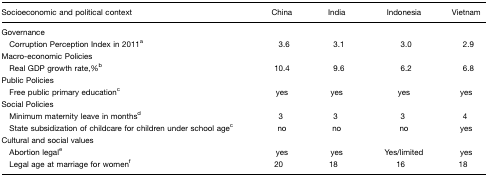
<table><thead><tr><td><b>Socioeconomic and political context</b></td><td><b>China</b></td><td><b>India</b></td><td><b>Indonesia</b></td><td><b>Vietnam</b></td></tr></thead><tbody><tr><td>Governance</td><td></td><td></td><td></td><td></td></tr><tr><td> Corruption Perception Index in 2011a</td><td>3.6</td><td>3.1</td><td>3.0</td><td>2.9</td></tr><tr><td>Macro-economic Policies</td><td></td><td></td><td></td><td></td></tr><tr><td> Real GDP growth rate,%b</td><td>10.4</td><td>9.6</td><td>6.2</td><td>6.8</td></tr><tr><td>Public Policies</td><td></td><td></td><td></td><td></td></tr><tr><td> Free public primary educationc</td><td>yes</td><td>yes</td><td>yes</td><td>yes</td></tr><tr><td>Social Policies</td><td></td><td></td><td></td><td></td></tr><tr><td> Minimum maternity leave in monthsd</td><td>3</td><td>3</td><td>3</td><td>4</td></tr><tr><td> State subsidization of childcare for children under school agec</td><td>no</td><td>no</td><td>no</td><td>yes</td></tr><tr><td>Cultural and social values</td><td></td><td></td><td></td><td></td></tr><tr><td> Abortion legale</td><td>yes</td><td>yes</td><td>Yes/limited</td><td>yes</td></tr><tr><td> Legal age at marriage for womenf</td><td>20</td><td>18</td><td>16</td><td>18</td></tr></tbody></table>